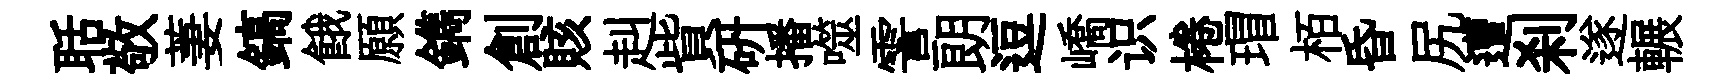
聒敬萋鎬餓願鐫創賅赳貲研播噬霅朗逗嶠识棬瑁栢昏尻遭刹遂輾